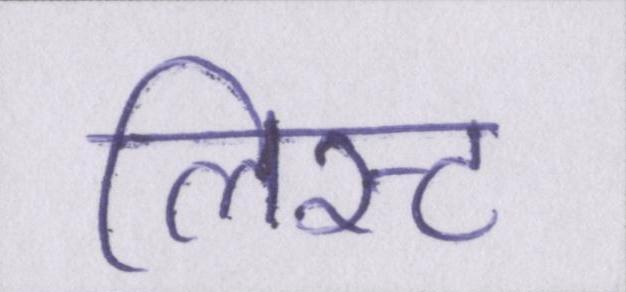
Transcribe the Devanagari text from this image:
लिस्ट